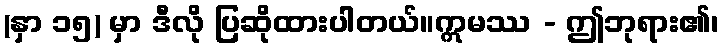
(နှာ ၁၅) မှာ ဒီလို ပြဆိုထားပါတယ်။ဣမဿ - ဤဘုရား၏၊